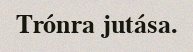
Trónra jutása.